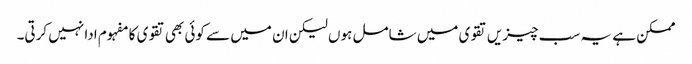
ممکن ہے یہ سب چیزیں تقوی میں شامل ہوں لیکن ان میں سے کوئی بھی تقوی کا مفہوم ادا نہیں کرتی۔